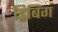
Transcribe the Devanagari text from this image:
ड्रिबिंग